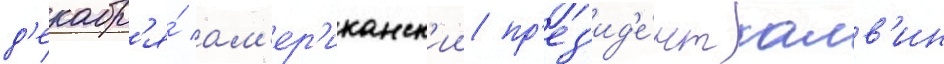
д'екабр'я́ ам'ер'иканск'ии пр'ез'ид'е́нт калв'ин